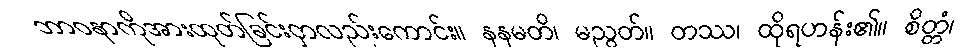
ဘာဝနာကိုအားထုတ်ခြင်းငှာလည်းကောင်း။ နနမတိ၊ မညွတ်။ တဿ၊ ထိုရဟန်း၏။ စိတ္တံ၊